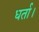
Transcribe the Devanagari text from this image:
धर्ता।